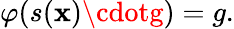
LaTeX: \varphi(s(\mathbf{x})\cdotg)=g.